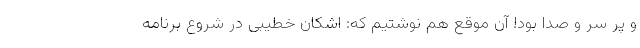
و پر سر و صدا بود! آن موقع هم نوشتیم که: اشکان خطیبی در شروع برنامه